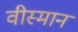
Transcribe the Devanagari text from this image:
वीस्मान